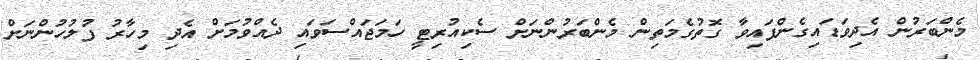
މެންބަރުން އެދިވަޑައިގެންފައިވާ ގޮތުގެމަތިން މެންބަރުންނަށް ސެކިއުރިޓީ ހަމަޖައްސަވައި ދެއްވުމަށް އެދި މިހާރު ފުލުހުންނަށް